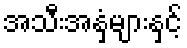
အသီးအနှံများနှင့်